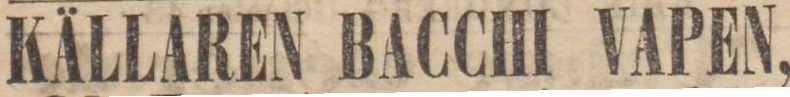
KÄLLAREN BACCHI VAPEN,